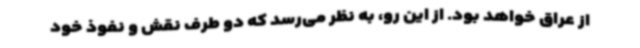
از عراق خواهد بود. از این رو، به نظر می‌رسد که دو طرف نقش و نفوذ خود